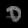
Digit: ၀